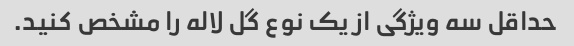
حداقل سه ویژگی از یک نوع گل لاله را مشخص کنید.